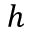
h